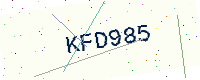
Text: KFD985